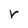
Character: r